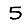
Digit: 5